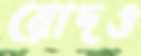
রোদও